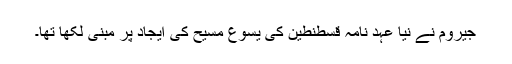
جیروم نے نیا عہد نامہ قسطنطین کی یسوع مسیح کی ایجاد پر مبنی لکھا تھا۔